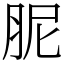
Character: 胒